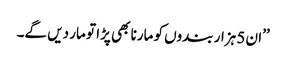
’’ان 5 ہزار بندوں کو مارنا بھی پڑا تو مار دیں گے۔